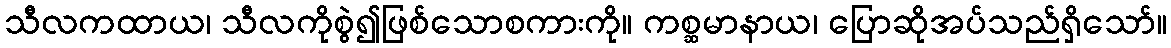
သီလကထာယ၊ သီလကိုစွဲ၍ဖြစ်သောစကားကို။ ကစ္ဆမာနာယ၊ ပြောဆိုအပ်သည်ရှိသော်။